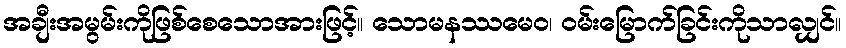
အချီးအမွမ်းကိုဖြစ်စေသောအားဖြင့်။ သောမနဿမေဝ၊ ဝမ်းမြောက်ခြင်းကိုသာလျှင်။